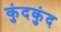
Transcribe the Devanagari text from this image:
कुंदकुंद